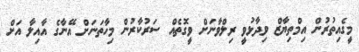
މީގެއިތުރުން އިމްތިޔާޒް ވިދާޅުވީ ރިލްވާނަށް ވީގޮތެއް ސަރުކާރުން މިހާތަނަށް އޭނާގެ އާއިލާ އަށް